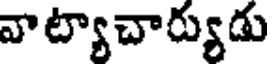
వాట్యాచార్యుడు